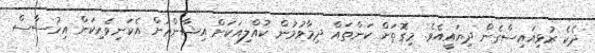
ދެކެ ރުޅިއައިސްގެން ދިޔައީއެވެ. މިގޮތަށް ކަންތައް ދިމާވުމުން ކުއްލިއަކަށް އިޝާންއަށް އެކަނިވެރިކަން އިހުސާސް